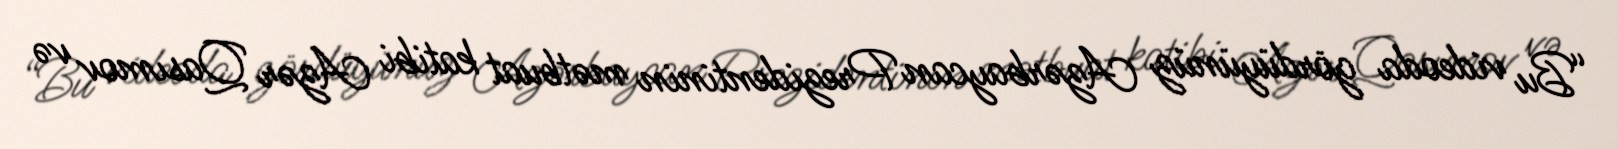
“Bu videoda gördüyünüz Azərbaycan Prezidentinin mətbuat katibi Azər Qasımov və